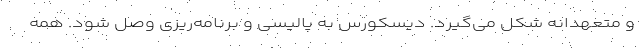
و متعهدانه شکل می‌گیرد. دیسکورس به پالیسی و برنامه‌ریزی وصل شود. همه